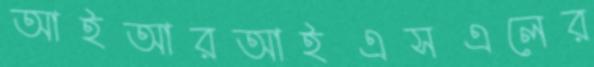
আইআরআইএসএলের